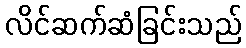
လိင်ဆက်ဆံခြင်းသည်